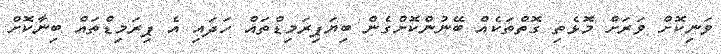
ވަނިކޮށް ވަރަށް މޮޅެތި ގޮތްތަކެއް ބޭނުންކޮށްގެން ބިޔަޕިރަމިޑްތައް ހަދައި އެ ޕިރަމިޑްތައް ބިނާކޮށް